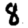
Digit: 8